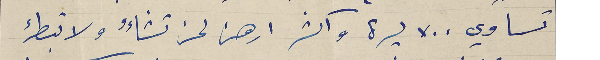
تساوي ٧٠٠ ليرة واكثر ارهن لمن تشاءُ ولا تبطء